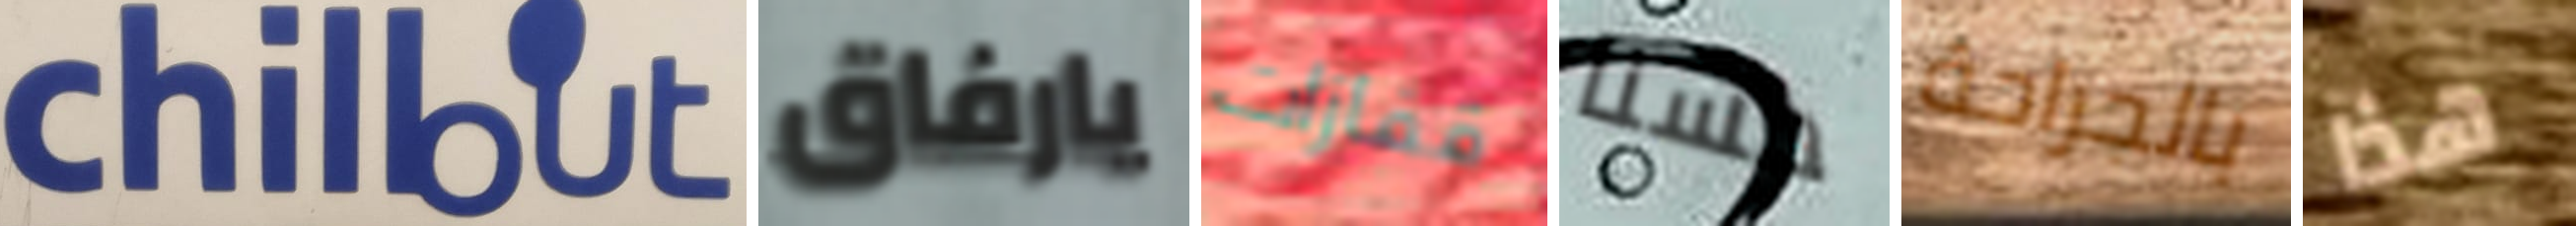
chillout يارفاق قفازات حسنا بالجراحة هذا